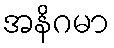
အနိဂမာ